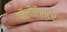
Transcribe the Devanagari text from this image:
पॉलीऍस्टर